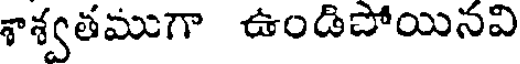
శాశ్వతముగా ఉండిపోయినవి